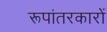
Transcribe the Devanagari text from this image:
रूपांतरकारों